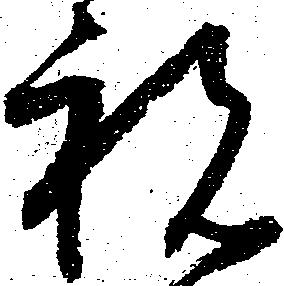
祝